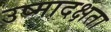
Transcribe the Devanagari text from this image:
उष्मादक्षता